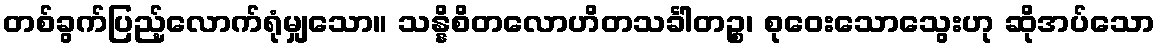
တစ်ခွက်ပြည့်လောက်ရုံမျှသော။ သန္နိစိတလောဟိတသင်္ခါတဉ္စ၊ စုဝေးသောသွေးဟု ဆိုအပ်သော